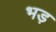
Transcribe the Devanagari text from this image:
भड़